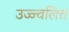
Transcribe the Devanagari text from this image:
उज्ज्वलित